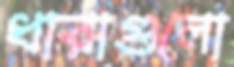
ধারাগুলো